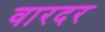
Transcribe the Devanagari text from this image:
वारदर